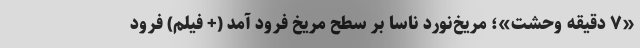
«۷ دقیقه وحشت»؛ مریخ‌نورد ناسا بر سطح مریخ فرود آمد (+ فیلم) فرود